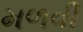
મળવી